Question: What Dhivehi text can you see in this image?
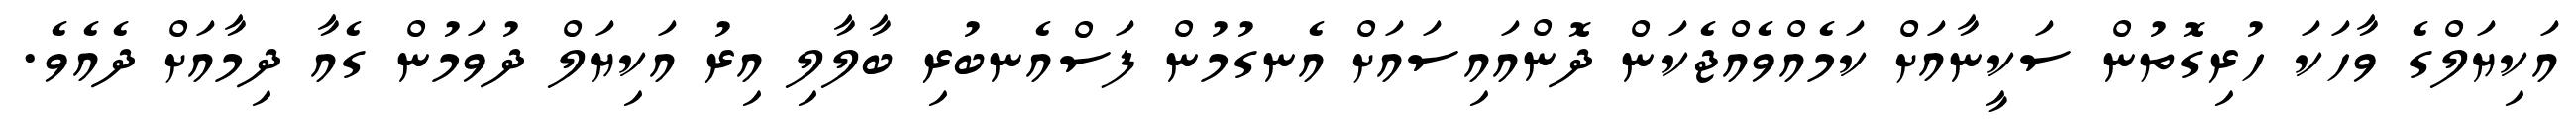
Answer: އަކިޔަލްގެ ވާހަކަ ހުރިގޮތުން ސަކީނާއަށް ކަމެއްވެއްޖެކަން ދޮންއައިސައަށް އެނގުމުން ފަސްއެނބުރި ބާލާލި އިރު އަކިޔަލް ދުވަމުން ގެއާ ދިމާއަށް ދެއެވެ.